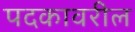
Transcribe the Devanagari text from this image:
पदकावरील